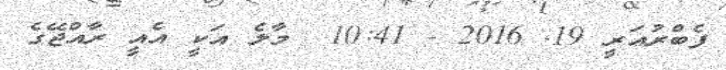
ފެބްރުއަރީ 19